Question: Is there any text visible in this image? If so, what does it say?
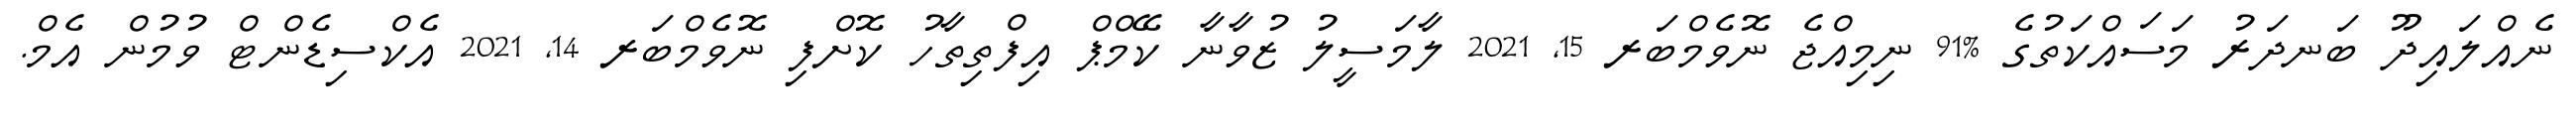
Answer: ނެއްލައިދޫ ބަނދަރު މަސައްކަތުގެ %91 ނިމިއްޖެ ނޮވެމްބަރ 15, 2021 ލާމަސީލު ޒުވާނާ ކޭމްޕް އިފްތިތާހު ކޮށްފި ނޮވެމްބަރ 14, 2021 އެކްސިޑެންޓް ވުމުން އެމް.